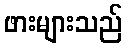
ဖားများသည်